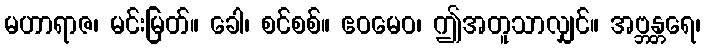
မဟာရာဇ၊ မင်းမြတ်။ ခေါ၊ စင်စစ်။ ဧဝမေဝ၊ ဤအတူသာလျှင်။ အဗ္ဘန္တရေ၊